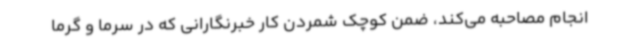
انجام مصاحبه می‌کند، ضمن کوچک شمردن کار خبرنگارانی که در سرما و گرما